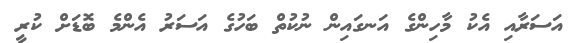
އަސަރާއި އެކު މާހިންގެ އަނގައިން ނުކުތް ބަހުގެ އަސަރު އެންމެ ބޮޑަށް ކުރީ